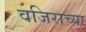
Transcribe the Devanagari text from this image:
वजिराच्या